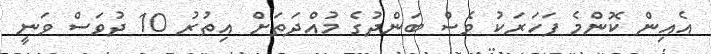
އެއިން ކޮންމެ ފަހަރަކު ވެސް ބަންދުގެ މުއްދަތަށް އިތުރު 10 ދުވަސް ވަނީ